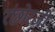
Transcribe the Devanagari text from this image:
रंछोरजी